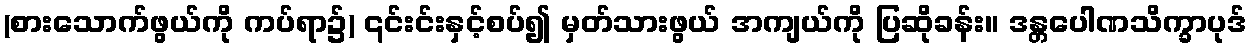
(စားသောက်ဖွယ်ကို ကပ်ရာ၌) ၎င်းင်းနှင့်စပ်၍ မှတ်သားဖွယ် အကျယ်ကို ပြဆိုခန်း။ ဒန္တပေါဏသိက္ခာပုဒ်